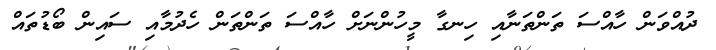
ދުއްވަން ހާއްސަ ތަންތަނާއި ހިނގާ މީހުންނަށް ހާއްސަ ތަންތަން ހެދުމާއި ސައިން ބޯޑުތައް